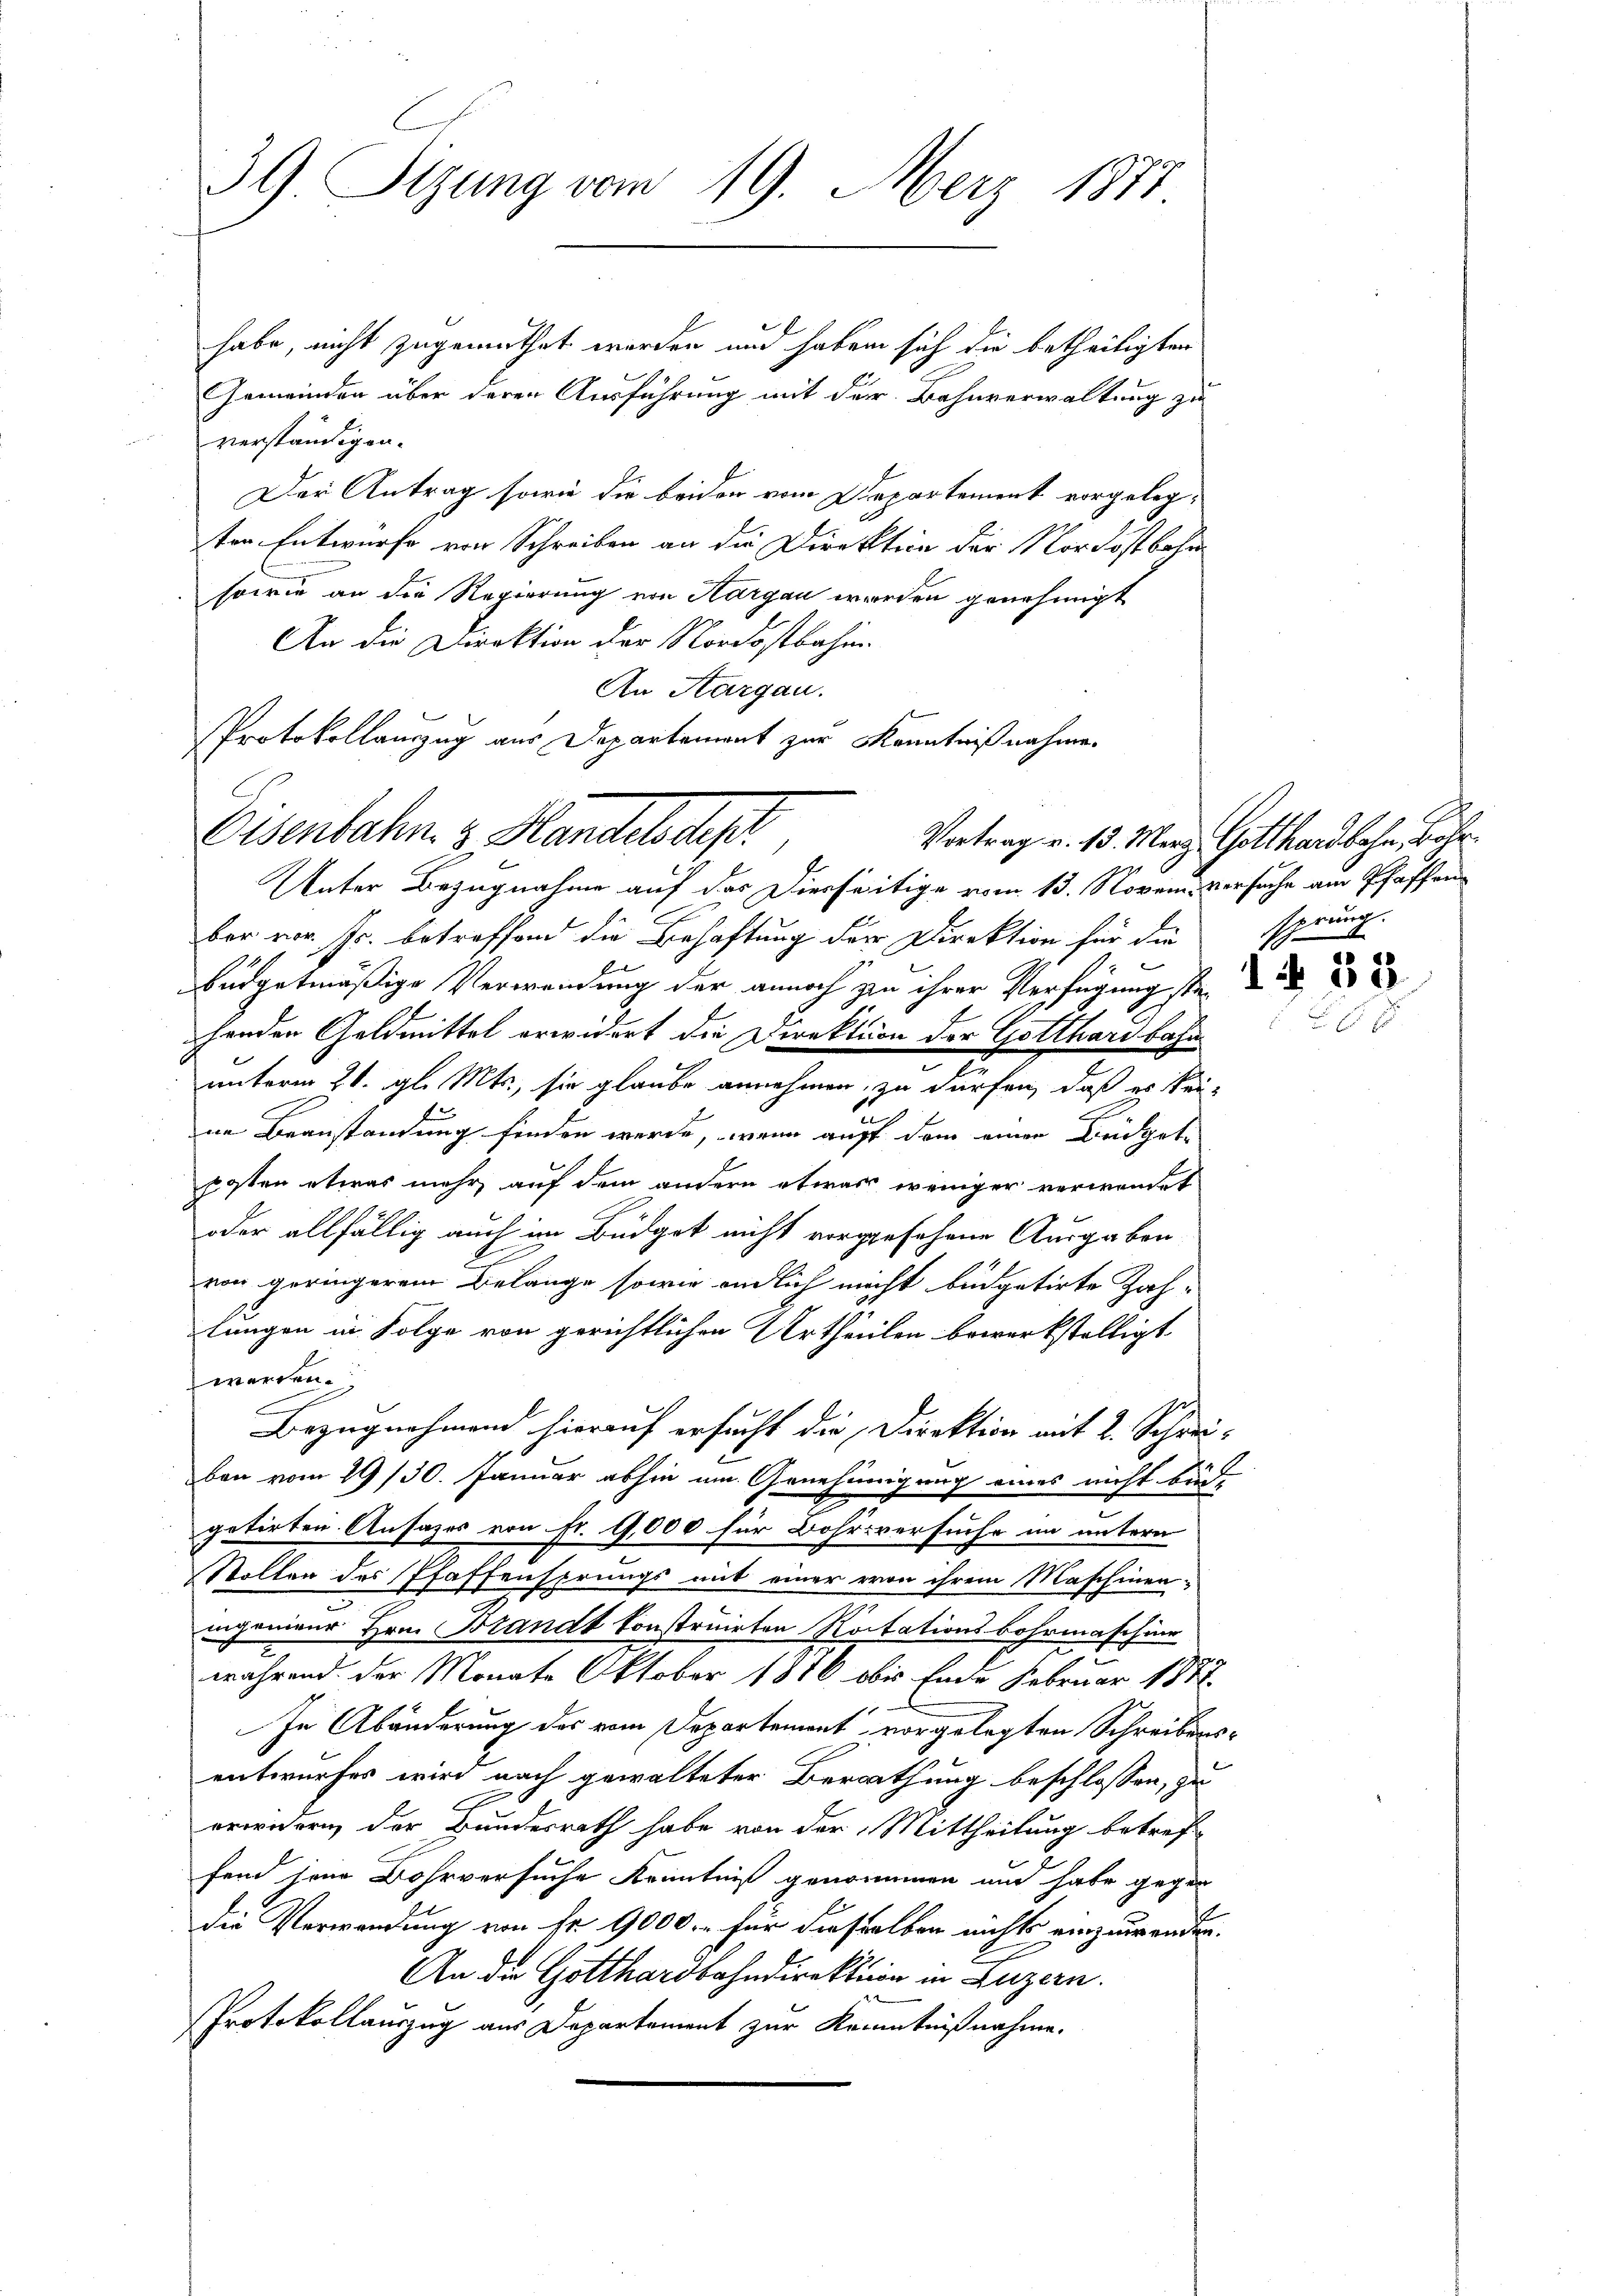
39 Sitzung vom 19. März 1877

habe, nicht zugemuthet werden und haben sich die betheiligten
Gemeinden über deren Ausführung mit der Bahnverwaltung zu
verständigen.
Der Antrag sowie die beiden vom Departement vorgelegten Entwurfe von Schreiben an die Direktion der Nordostbahn
sowie an die Regierung von Aargau werden genehmigt
An die Direktion der Nordostbahn.
An Aargau.
s
Protokollauszug aus Departement zur Kenntnißnahme.
Unter Bezugnahme auf das Dierseitige vom 13. Novem Versuche am Pfaffeeber vor Fr. betreffend die Behaftung der Direktion für die
büdgetmäßige Verwendung der annoch zu ihrer Verfügung ste
henden Geldmittel erwidert die Direktion der Gotthardbahn
unterm 21. gl. Mts., sie glaube annehmen, zu dürfen, daß es keine Beanstandung finden werde, wenn auff dem einer Budgetposten etwas mehr auf dem andern etwas weniger verwendet
oder allfällig auch im Büdget nicht vorgesehene Ausgaben
von geringerem Belange sowie endlich macht büdgetirte Zah-
lungen in Folge von gerichtlichen Urtheilen bewerkstelligt
werden.
Bezugnahmend hierauf ersucht die Direktion mit 2. Schreiben vom 29/30. Januar abhin um Genehmigung eines nicht büd-
getirten Ansazes von Fr. 9,000 für Bohrsversuche im untern
Stollen des Pfaffensprungs mit einer von ihrem Maschinen-
.
nigenieur Hrn. Brandt konstruirten Roitationsbahrmaschinr
.
während der Monate Oktober 1816 bis Ende Februar 1877
In Abänderung des vom Departemont vorgelegten Schreibens-
entwurfes wird nach gewalteter Berathung beschlossen, zu
erwidern der Bundesrath habe von der Mittheilung betref
fend jene Bohrversuche Kenntniß genommen und habe gegen
die Verwendung von fr. 9000.- für dieselben nichts einzuwenden.
An die Gotthardbahndirektion in Luzern.
Protokollauszug aus Departement zur Kenntnißnahme.

Eisenbahn. v. Handelsdep

Vortrag v. 13. Merz Gotthardbahn, Bahrserung
d
e